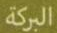
البركة